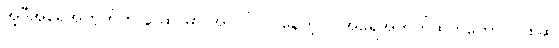
အဲ့ဒီအရေအတွက်က နာဆာမှာ အလုပ်လုပ်နေတဲ့ လူအရေအတွက်ထက်တောင် ၁၈ဆ